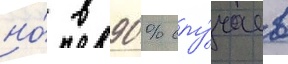
но́ в 90% слу́чаев